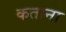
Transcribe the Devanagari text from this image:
कताना